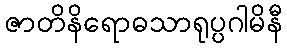
ဇာတိနိရောဓသာရုပ္ပဂါမိနီ